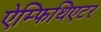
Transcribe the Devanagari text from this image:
ऐम्फिथिएटर